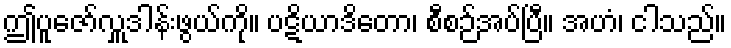
ဤပူဇော်လှူဒါန်းဖွယ်ကို။ ပဋိယာဒိတော၊ စီစဉ်အပ်ပြီ။ အဟံ၊ ငါသည်။